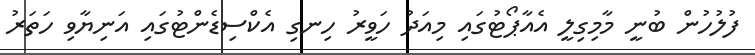
ފުލުހުން ބުނީ މާމިގިލީ އެއާޕޯޓުގައި މިއަދު ހަވީރު ހިނގި އެކްސިޑެންޓުގައި އަނިޔާވި ހަތަރު